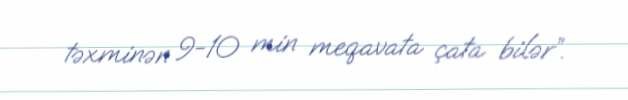
təxminən 9-10 min meqavata çata bilər”.